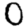
Digit: 0